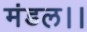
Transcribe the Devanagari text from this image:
मंडल।।